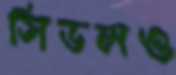
সিডলও